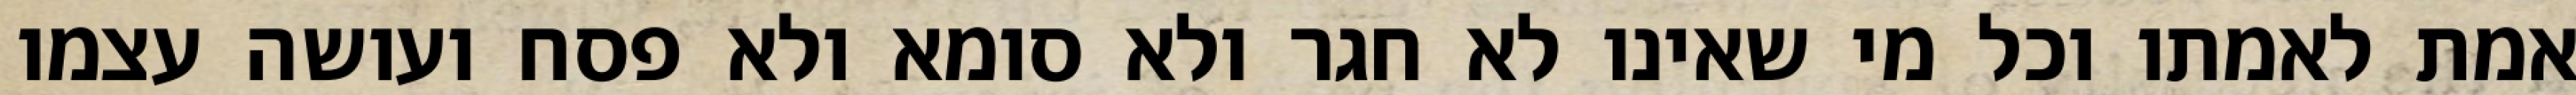
אמת לאמתו וכל מי שאינו לא חגר ולא סומא ולא פסח ועושה עצמו